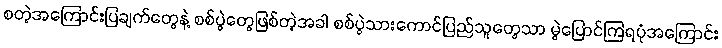
စတဲ့အကြောင်းပြချက်တွေနဲ့ စစ်ပွဲတွေဖြစ်တဲ့အခါ စစ်ပွဲသားကောင်ပြည်သူတွေသာ မွဲပြောင်ကြရပုံအကြောင်း